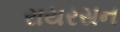
રાયરસન